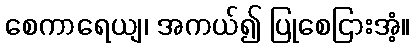
စေကာရေယျ၊ အကယ်၍ ပြုစေငြားအံ့။